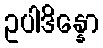
ဥပါဒိန္နော